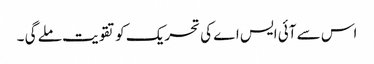
اس سے آئی ایس اے کی تحریک کو تقویت ملے گی ۔